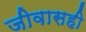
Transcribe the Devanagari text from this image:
जीवासही